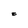
Character: z